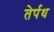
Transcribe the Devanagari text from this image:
तेर्पथ